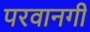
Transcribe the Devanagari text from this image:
परवानगी